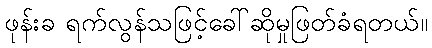
ဖုန်းခ ရက်လွန်သဖြင့်ခေါ်ဆိုမှုဖြတ်ခံရတယ်။